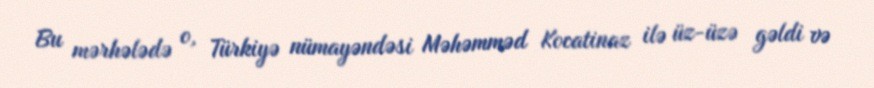
Bu mərhələdə o, Türkiyə nümayəndəsi Məhəmməd Kocatinaz ilə üz-üzə gəldi və